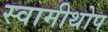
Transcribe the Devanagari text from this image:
स्वामीथोप